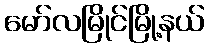
မော်လမြိုင်မြို့နယ်